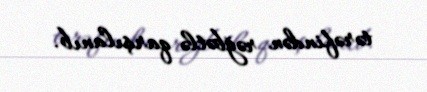
tərəfindən rəğbətlə qarşılanıb.